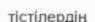
тістілердің